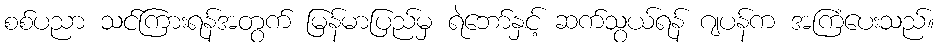
စစ်ပညာ သင်ကြားရန်အတွက် မြန်မာပြည်မှ ရဲဘော်နှင့် ဆက်သွယ်ရန် ဂျပန်က အကြံပေးသည်။